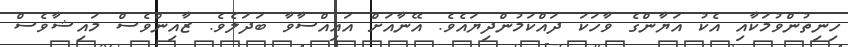
ހިނިތުންވުމަކާއި އެކު އަޔާންގެ ވާހަކަ ދައްކަމުންދިޔައެވެ. އޭނާއަށް އައިއްސާވާ ބަދަލެވެ. ޒާއިންވެސް މައިޝާވެސް